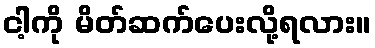
ငါ့ကို မိတ်ဆက်ပေးလို့ရလား။